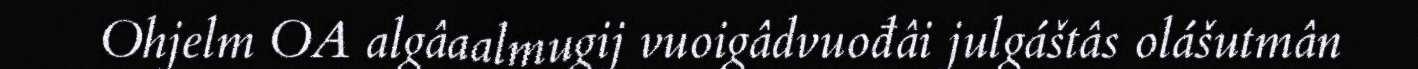
Ohjelm OA algâaalmugij vuoigâdvuođâi julgáštâs olášutmân